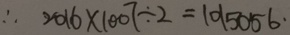
\therefore 2 0 1 6 \times 1 0 0 7 \div 2 = 1 0 1 5 0 5 6 .